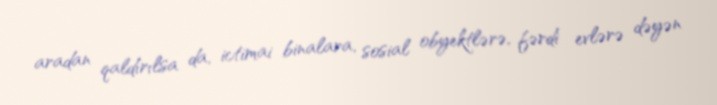
aradan qaldırılsa da, ictimai binalara, sosial obyektlərə, fərdi evlərə dəyən